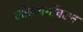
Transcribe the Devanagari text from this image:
लोहमार्गावरुन